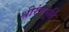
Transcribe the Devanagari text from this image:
श्रीरंगमूर्ति